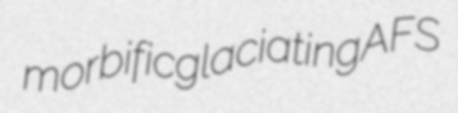
morbific glaciating AFS